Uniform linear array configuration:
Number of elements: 32
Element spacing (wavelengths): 1
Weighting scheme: cosine
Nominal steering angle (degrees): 15
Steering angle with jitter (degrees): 14.214
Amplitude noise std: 0.05
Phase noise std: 0.05

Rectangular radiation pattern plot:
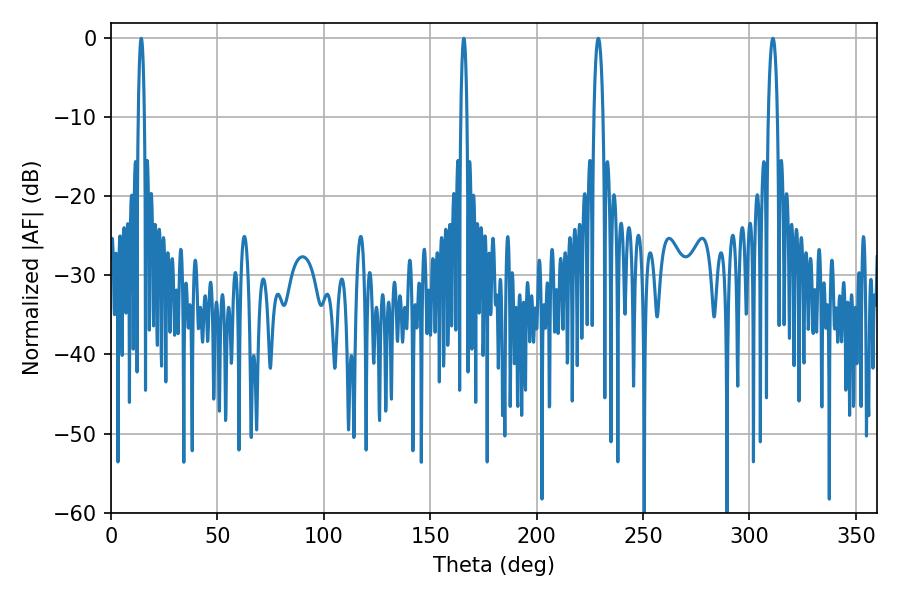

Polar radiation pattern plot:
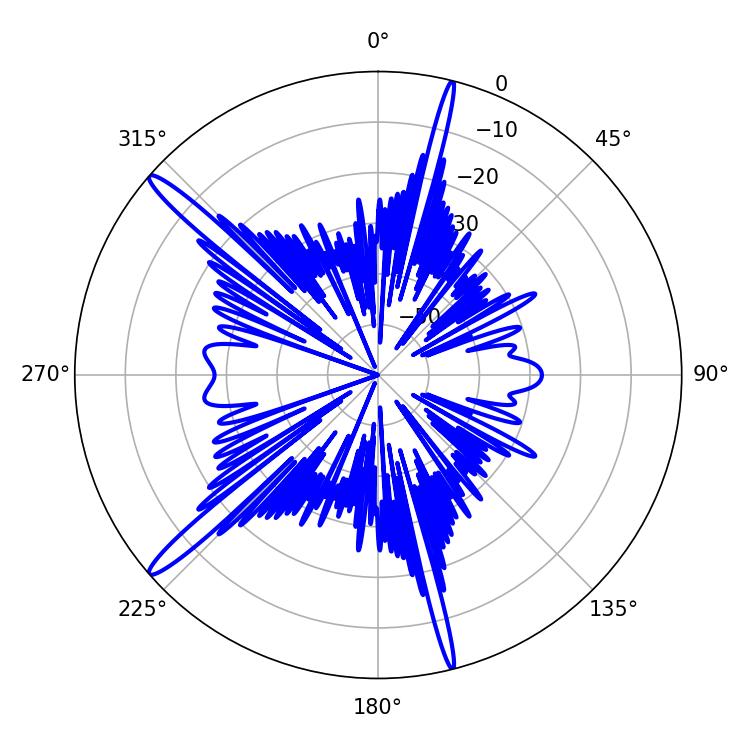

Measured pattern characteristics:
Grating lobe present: TRUE
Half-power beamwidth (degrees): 1.44
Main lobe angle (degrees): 14.22